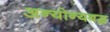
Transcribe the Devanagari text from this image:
अन्योन्यबद्ध